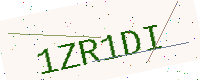
Text: 1ZR1DI